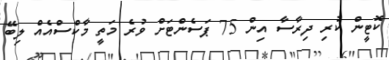
ކޮޓީން ކުރި ދިރާސާ އިން 75 ޕަސެންޓަށް ވުރެ މަތީ މާކްސްއެއް ލިބޭ